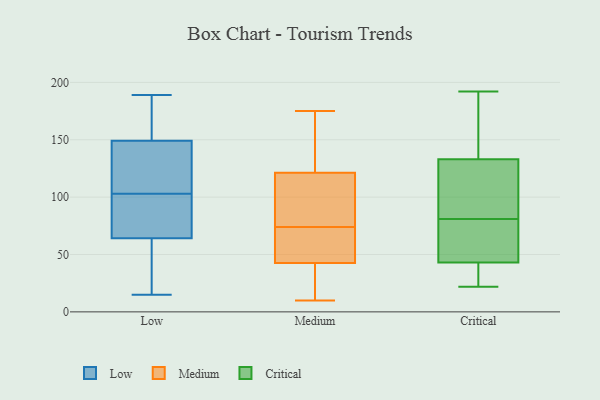
{"axis": {"x": "Net Income (USD K)", "y": "Value"}, "legend": ["Critical", "Low", "Medium"], "data": [{"x": "", "y": 163, "type": "Low"}, {"x": "", "y": 159, "type": "Low"}, {"x": "", "y": 33, "type": "Low"}, {"x": "", "y": 117, "type": "Low"}, {"x": "", "y": 51, "type": "Low"}, {"x": "", "y": 15, "type": "Low"}, {"x": "", "y": 124, "type": "Low"}, {"x": "", "y": 188, "type": "Low"}, {"x": "", "y": 94, "type": "Low"}, {"x": "", "y": 93, "type": "Low"}, {"x": "", "y": 124, "type": "Low"}, {"x": "", "y": 68, "type": "Low"}, {"x": "", "y": 146, "type": "Low"}, {"x": "", "y": 53, "type": "Low"}, {"x": "", "y": 189, "type": "Low"}, {"x": "", "y": 103, "type": "Low"}, {"x": "", "y": 75, "type": "Low"}, {"x": "", "y": 74, "type": "Medium"}, {"x": "", "y": 75, "type": "Medium"}, {"x": "", "y": 70, "type": "Medium"}, {"x": "", "y": 40, "type": "Medium"}, {"x": "", "y": 29, "type": "Medium"}, {"x": "", "y": 104, "type": "Medium"}, {"x": "", "y": 175, "type": "Medium"}, {"x": "", "y": 159, "type": "Medium"}, {"x": "", "y": 163, "type": "Medium"}, {"x": "", "y": 50, "type": "Medium"}, {"x": "", "y": 56, "type": "Medium"}, {"x": "", "y": 10, "type": "Medium"}, {"x": "", "y": 102, "type": "Medium"}, {"x": "", "y": 29, "type": "Medium"}, {"x": "", "y": 127, "type": "Medium"}, {"x": "", "y": 48, "type": "Critical"}, {"x": "", "y": 133, "type": "Critical"}, {"x": "", "y": 192, "type": "Critical"}, {"x": "", "y": 131, "type": "Critical"}, {"x": "", "y": 93, "type": "Critical"}, {"x": "", "y": 151, "type": "Critical"}, {"x": "", "y": 175, "type": "Critical"}, {"x": "", "y": 69, "type": "Critical"}, {"x": "", "y": 63, "type": "Critical"}, {"x": "", "y": 22, "type": "Critical"}, {"x": "", "y": 41, "type": "Critical"}, {"x": "", "y": 40, "type": "Critical"}, {"x": "", "y": 43, "type": "Critical"}, {"x": "", "y": 122, "type": "Critical"}]}